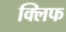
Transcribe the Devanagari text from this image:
क्‍लिफ